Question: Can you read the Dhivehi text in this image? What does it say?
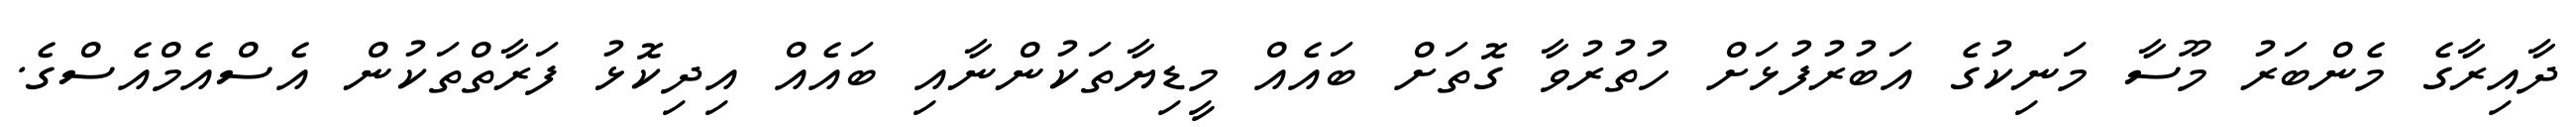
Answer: ދާއިރާގެ މެންބަރު މޫސާ މަނިކުގެ އަބުރުފުޅަށް ހުތުރުވާ ގޮތަށް ބައެއް މީޑިޔާތަކުންނާއި ބައެއް އިދިކޮޅު ފަރާތްތަކުން އެސްއެމްއެސްގެ.